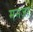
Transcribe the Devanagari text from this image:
मनज़र